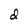
Character: d